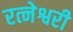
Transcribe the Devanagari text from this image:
रत्नेश्वरी